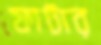
ফাটার